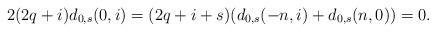
LaTeX: \begin{align*}2(2q+i)d_{0,s}(0,i)&=(2q+i+s)(d_{0,s}(-n,i)+d_{0,s}(n,0))=0.\end{align*}